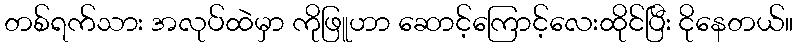
တစ်ရက်သား အလုပ်ထဲမှာ ကိုဖြူဟာ ဆောင့်ကြောင့်လေးထိုင်ပြီး ငိုနေတယ်။